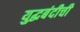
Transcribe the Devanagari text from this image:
युद्धबंदीची